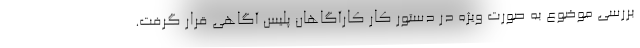
بررسی موضوع به صورت ویژه در دستور کار کارآگاهان پلیس آگاهی قرار گرفت.